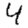
Digit: 4